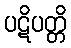
ပဋိပတ္တိ